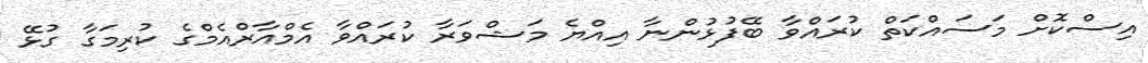
އިސްކޮށް މަސައްކަތް ކުރައްވާ ބޭފުޅުންނާ އިއްޔެ މަޝްވަރާ ކުރައްވާ އެމްއާރްއެމްގެ ކުރިމަގާ ގުޅޭ